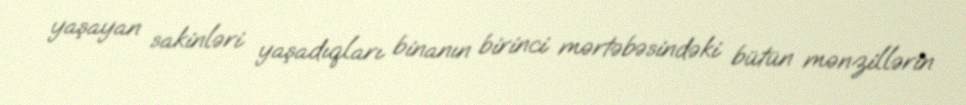
yaşayan sakinləri yaşadıqları binanın birinci mərtəbəsindəki bütün mənzillərin